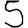
Digit: 5